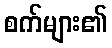
စက်များ၏